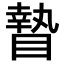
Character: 𥊍